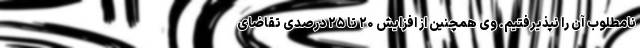
نامطلوب آن را نپذیرفتیم. وی همچنین از افزایش ۲۰ تا ۲۵ درصدی تقاضای